Vaccination North-Western Provinces and Oudh 1896-1901 - 1896-1901
Year: 1896
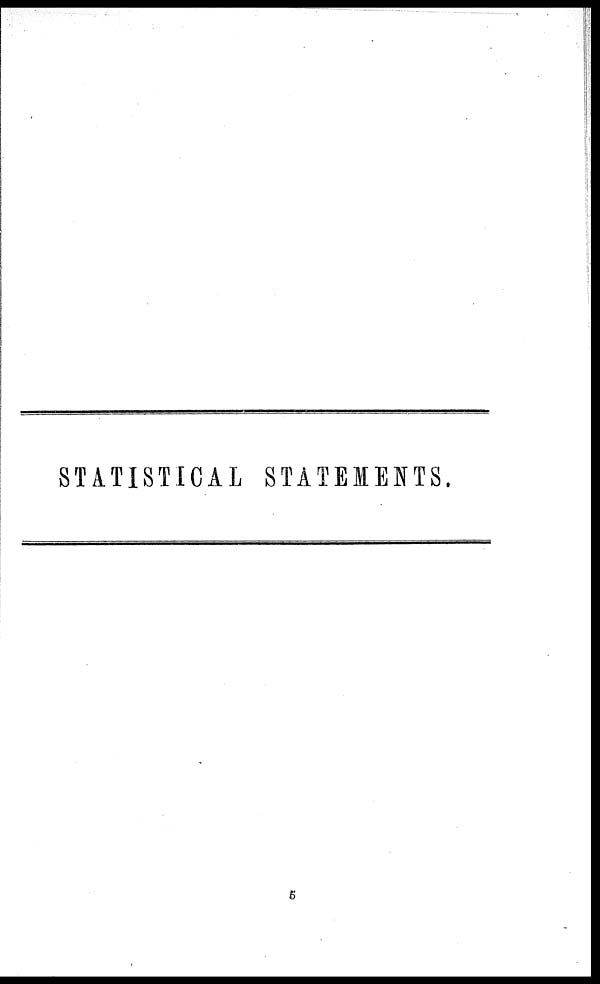
STATISTICAL STATEMENTS.
5